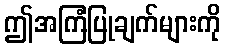
ဤအကြံပြုချက်များကို